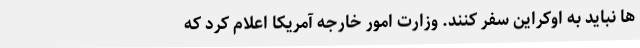
ها نباید به اوکراین سفر کنند. وزارت امور خارجه آمریکا اعلام کرد که